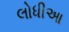
લોધીઆ